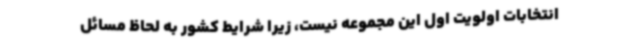
انتخابات اولویت اول این مجموعه نیست، زیرا شرایط کشور به لحاظ مسائل